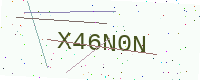
Text: X46N0N